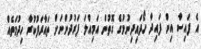
އެ ފައިސާ އިން ފައިދާ ހޯދައިދިނުމުގެ ގޮތުން އަމިއްލަ ފަރުދުންނަށް ތައާރަފުކުރާ ހިދުމަތެއް